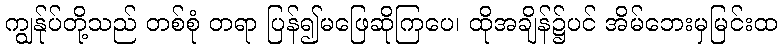
ကျွန်ုပ်တို့သည် တစ်စုံ တရာ ပြန်၍မဖြေဆိုကြပေ၊ ထိုအချိန်၌ပင် အိမ်ဘေးမှမြင်းထ